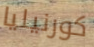
كورنيليا